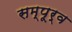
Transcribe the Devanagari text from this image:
सम्पूर्व